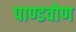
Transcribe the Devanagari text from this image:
पाण्डवोण